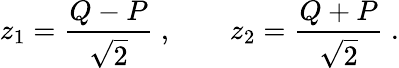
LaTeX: z_{1}=\frac{Q-P}{\sqrt{2}}\ ,\qquad z_{2}=\frac{Q+P}{\sqrt{2}}\ .